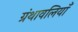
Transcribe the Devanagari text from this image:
ग्रंथावलियाँ